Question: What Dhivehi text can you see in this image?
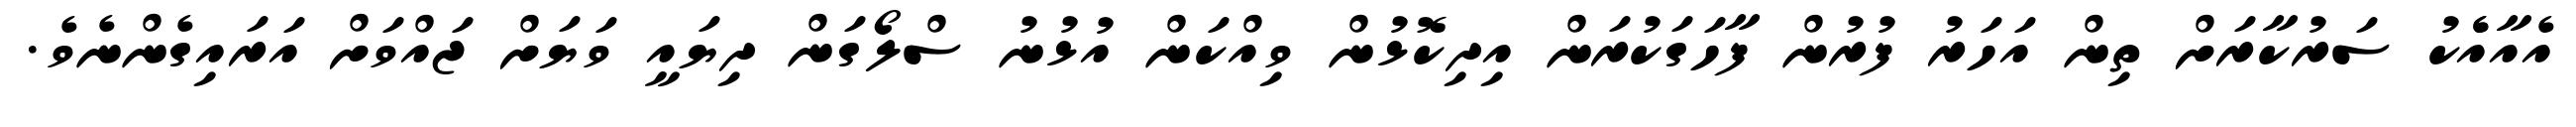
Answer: އެއާއެެކު ސަރުކާރަށް ތިން އަހަރު ފުރުން ފާހަގަކުރަން އިދިކޮޅުން ވިއްކަން އުޅުނު ސްލޯގަން ދިޔައީ ވަޔަށް ޖައްވަށް އަރައިގެންނެވެ.